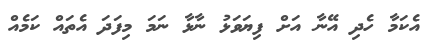
އެކަމާ ހެދި އޭނާ އަށް ފިޔަވަޅު ނާޅާ ނަމަ މިފަދަ އެތައް ކަމެއް